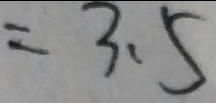
= 3 . 5